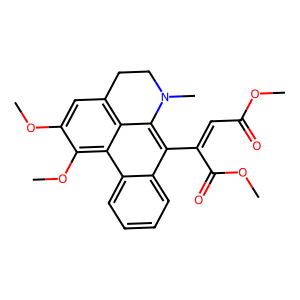
SMILES: COC(=O)C=C(C(=O)OC)c1c2c3c(cc(OC)c(OC)c3c3ccccc13)CCN2C
Inhibits HIV replication: No